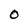
Character: O